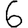
Digit: 6